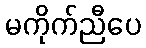
မကိုက်ညီပေ